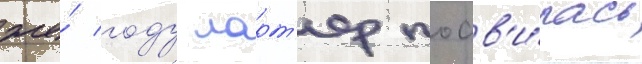
же́ году ларт'ер поав'и́лась